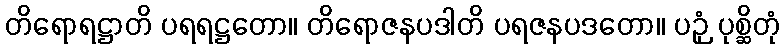
တိရောရဋ္ဌာတိ ပရရဋ္ဌတော။ တိရောဇနပဒါတိ ပရဇနပဒတော။ ပဉှံ ပုစ္ဆိတုံ